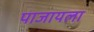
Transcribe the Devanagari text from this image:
पाजायला